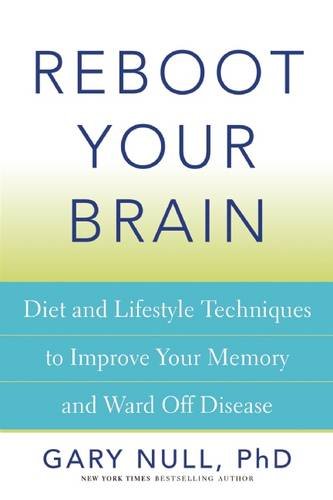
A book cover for Reboot Your Brain: Diet and Lifestyle Techniques to Improve Your Memory and Ward Off Disease; Gary Null Ph.D; Health, Fitness & Dieting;